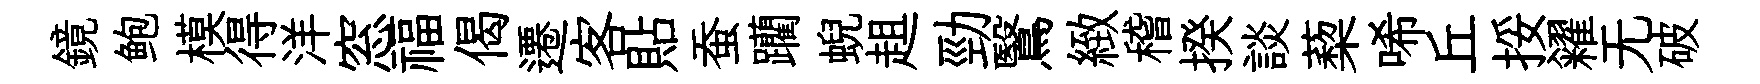
鏡鲍模得洋窓福偈遷客貼蚕躪蜺趄勁鷖緻稽揆談蔾唏丘挼糴无破